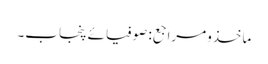
ماخذومراجع: صوفیائے پنجاب۔